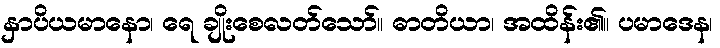
နှာပိယမာနော၊ ရေ ချိုးစေလတ်သော်။ ဓာတိယာ၊ အထိန်း၏။ ပမာဒေန၊